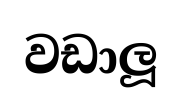
වඩාලූ